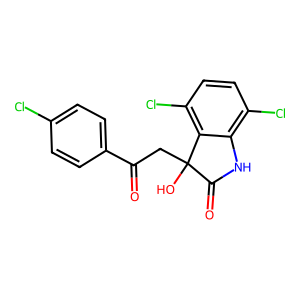
SMILES: O=C(CC1(O)C(=O)Nc2c(Cl)ccc(Cl)c21)c1ccc(Cl)cc1
Inhibits HIV replication: No